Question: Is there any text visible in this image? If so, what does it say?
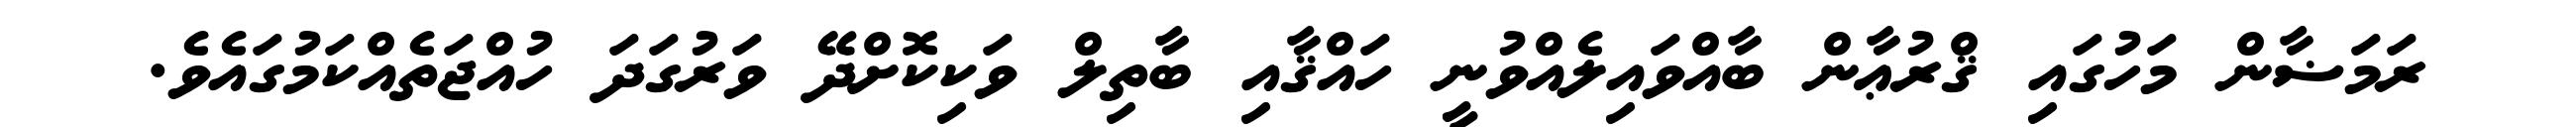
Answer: ރަމަޟާން މަހުގައި ޤްރުޢާން ބާއްވައިލެއްވުނީ ހައްޤާއި ބާތިލް ވަކިކޮށްދޭ ވަރުގަދަ ހުއްޖަތެއްކަމުގައެވެ.